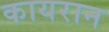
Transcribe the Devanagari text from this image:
कायरान